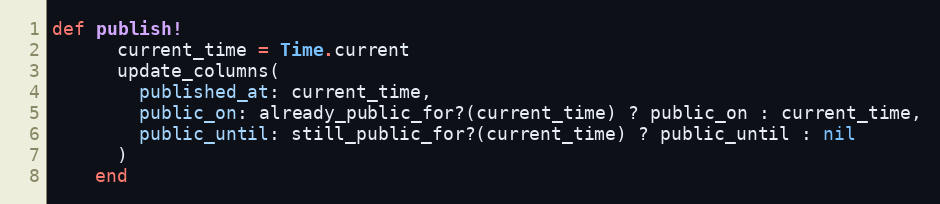
Language: Ruby
def publish!
      current_time = Time.current
      update_columns(
        published_at: current_time,
        public_on: already_public_for?(current_time) ? public_on : current_time,
        public_until: still_public_for?(current_time) ? public_until : nil
      )
    end